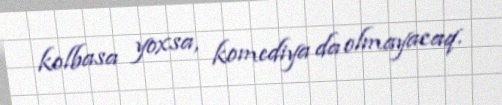
kolbasa yoxsa, komediya da olmayacaq.